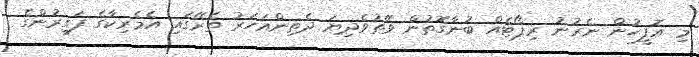
މި އޮފީހުން ނެރުނު ރިޕޯޓެއް ބުނާގޮތުން ވޭތުވެދިޔަ ދެތިންއަހަރު ތެރޭގައި އެމެރިކާގެ ފަގީރުންގެ